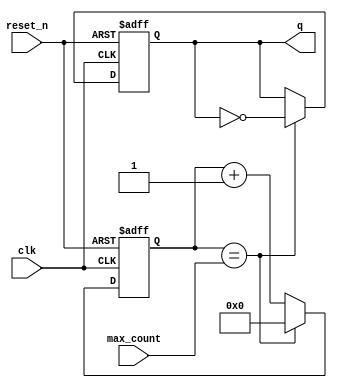
module clk_divider_1 #(parameter N = 8) (
	input			clk,
	input			reset_n,
	input	[N-1:0]	max_count,
	output reg		q
);
	reg [N-1:0] counter;
	always @(posedge clk or negedge reset_n)
	begin
		if (~reset_n)
		begin
			q <= 0;
			counter <= 0;
		end
		else
		begin
			if (counter == max_count)
			begin
				counter <= 0;
				q <= ~q;
			end
			else
				counter <= counter + 1;
		end
	end
endmodule